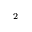
_ { 2 }